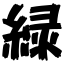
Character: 緑